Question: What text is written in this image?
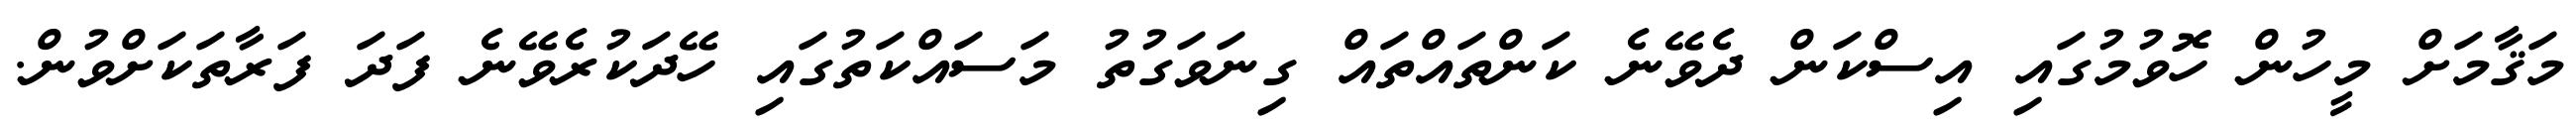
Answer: މަޤާމަށް މީހުން ހޮވުމުގައި އިސްކަން ދެވޭނެ ކަންތައްތައް ގިނަވަގުތު މަސައްކަތުގައި ހޭދަކުރެވޭނެ ފަދަ ފަރާތަކަށްވުން.